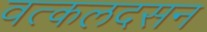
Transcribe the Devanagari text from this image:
वत्कलदसन